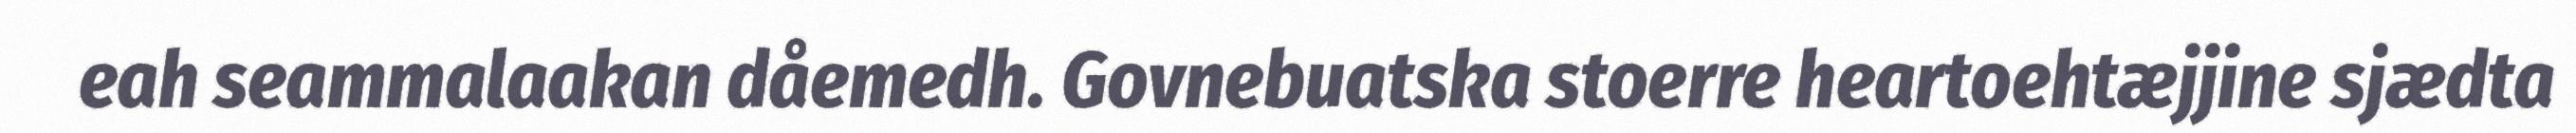
eah seammalaakan dåemedh. Govnebuatska stoerre heartoehtæjjine sjædta